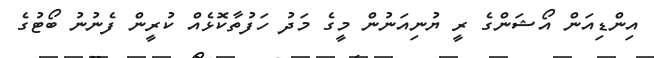
އިންޑިއަން އޯޝަންގެ ރީ ޔުނިއަނުން މީގެ މަދު ހަފުތާކޮޅެއް ކުރީން ފެނުނު ބޯޓުގެ